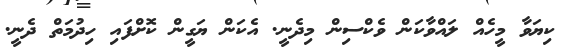
ކިޔަވާ މީހެއް ލައްވާކަން ވެކްސިން މިދެނީ. އެކަން ޔަގީން ކޮށްފައި ހިދުމަތް ދެނީ.